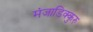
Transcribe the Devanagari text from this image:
मंजाडिक्कुरु